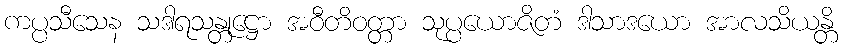
ကပ္ပသီသေန သဒါရသန္တုဋ္ဌော အဝီတိဝတ္တာ သုပ္ပယောဇိတံ ဒါသာဒယော အာလသိယန္တိ